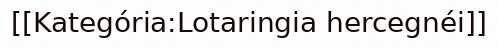
[[Kategória:Lotaringia hercegnéi]]